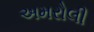
અમરોલી